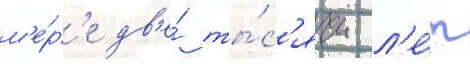
м'е́р'е дв'е́ ты́с'ячи л'е́т